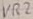
Text: VR2